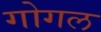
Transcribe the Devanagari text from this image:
गोगल